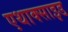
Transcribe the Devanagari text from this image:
एथाक्साइड